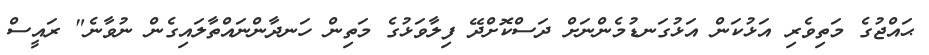
ޙައްޖުގެ މަތިވެރި އަޅުކަން އަޅުގަނޑުމެންނަށް ދަސްކޮށްދޭ ފިލާވަޅުގެ މަތިން ހަނދާންނައްތާލައިގެން ނުވާނެ" ރައީސް